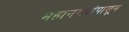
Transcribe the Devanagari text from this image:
महानगरांपासून